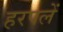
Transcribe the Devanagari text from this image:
हरपलें